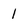
Character: I